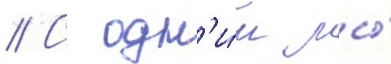
// С одн'и́м мы́